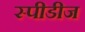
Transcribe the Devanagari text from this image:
स्पीडीज